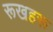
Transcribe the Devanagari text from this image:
रूखहरू